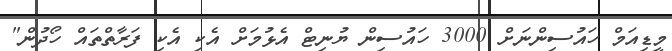
މީޑިއަމް ހައުސިންނަށް 3000 ހައުސިން ޔުނިޓް އެޅުމަށް އެކި އެކި ފަރާތްތައް ހޯދުން"